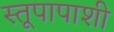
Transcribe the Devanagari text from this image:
स्तूपापाशी